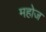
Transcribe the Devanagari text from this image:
महोज